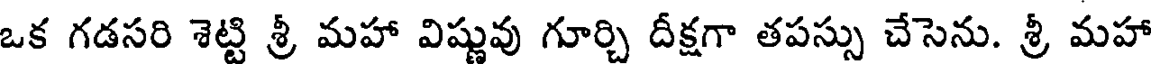
ఒక గడసరి శెట్టి శ్రీ మహా విష్ణువు గూర్చి దీక్షగా తపస్సు చేసెను. శ్రీ మహా